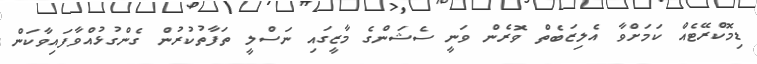
ޑިމޮކްރޭޓެއް ކަމަށްވާ އެލިޒަބެތް ވޮރެން ވަނީ ސެޝަންގެ މާޒީގައި ނަސްލީ ތަފާތުކުރުން ގެންގުޅުއްވާފައިވާކަން